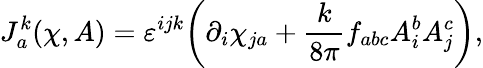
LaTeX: J_{a}^{k}(\chi,A)=\varepsilon^{ijk}\bigg(\partial_{i}\chi_{ja}+{\frac{k}{8\pi}}f_{abc}A_{i}^{b}A_{j}^{c}\bigg),